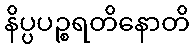
နိပ္ပပဉ္စရတိနောတိ